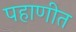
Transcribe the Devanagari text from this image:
पहाणीत